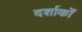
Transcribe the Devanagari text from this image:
दर्शाकों